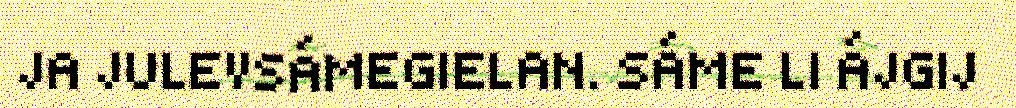
JA JULEVSÁMEGIELAN. SÁME LI ÁJGIJ